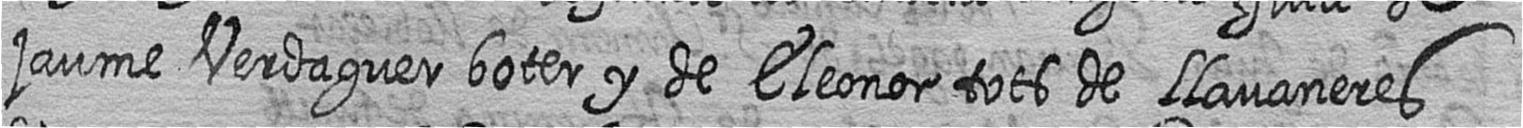
jaume Verdaguer boter y de Eleonor tots de Llavaneres